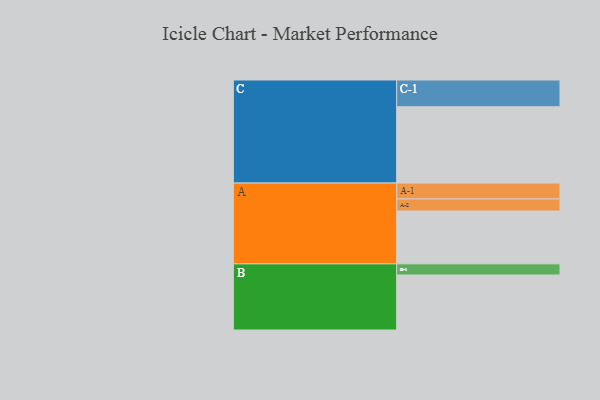
{"axis": {"x": "Segment", "y": "Value"}, "legend": ["", "A", "B", "C"], "data": [{"x": "A", "y": 379, "type": ""}, {"x": "B", "y": 395, "type": ""}, {"x": "C", "y": 548, "type": ""}, {"x": "A-1", "y": 114, "type": "A"}, {"x": "A-2", "y": 87, "type": "A"}, {"x": "B-1", "y": 80, "type": "B"}, {"x": "C-1", "y": 192, "type": "C"}]}